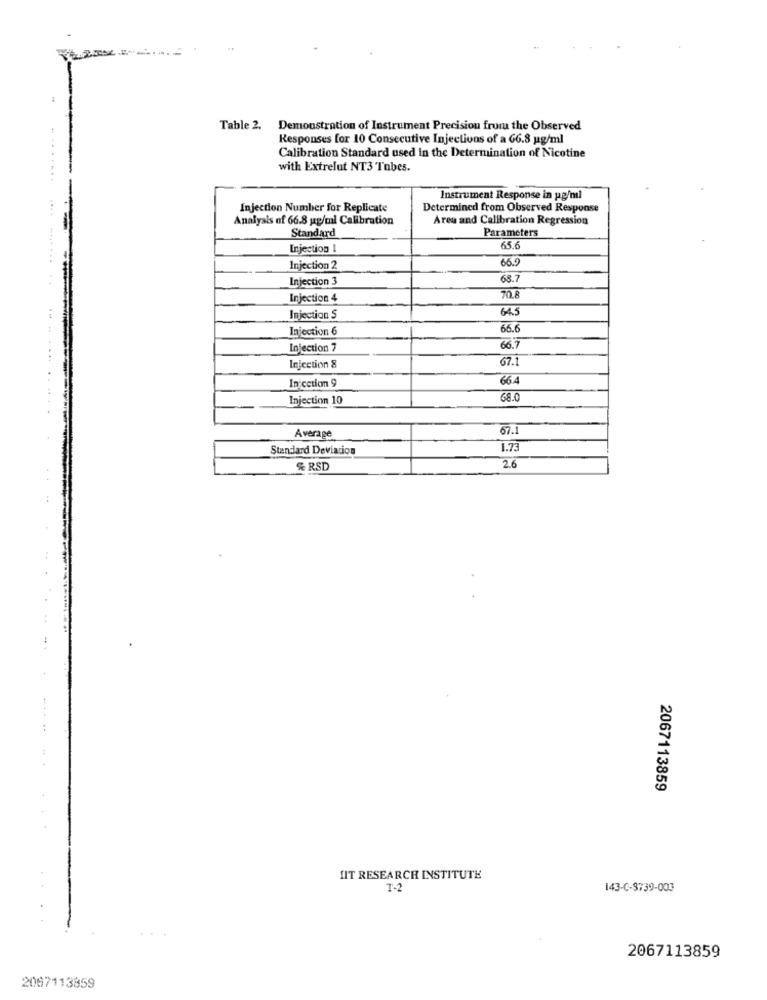
Table 2.
Demonstration of Instrument Precision from the Observed
Responses for 10 Consecutive Injections of a G6.8 ug/ml
Calibration Standard used In the Determination of Nicotine
with Extrelut NT3 Tubes.
Instrument Response in pg/ml
Injection Number for Replicate
Determined from Observed Response
Analysis of 66.8 up/ml Calibration
Area and Calibration Regression
Standard
Parameters
Injection I
65.6
66.9
Injection 2
Injection 3
68.7
Injection 4
70.8
64.5
Injection S
Injection 6
66.6
Injection 7
66.7
67.1
Injection 8
In'cction 9
66.4
Injection 10
68.0
67.1
Average
Standard Deviation
1.73
2.6
% RSD
2067113859
HIT RESEARCH INSTITUTE
T-2
143-6-3739-003
2067113859
2007113859